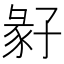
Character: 𡦁